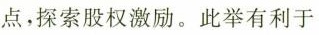
点，探索股权激励。此举有利于